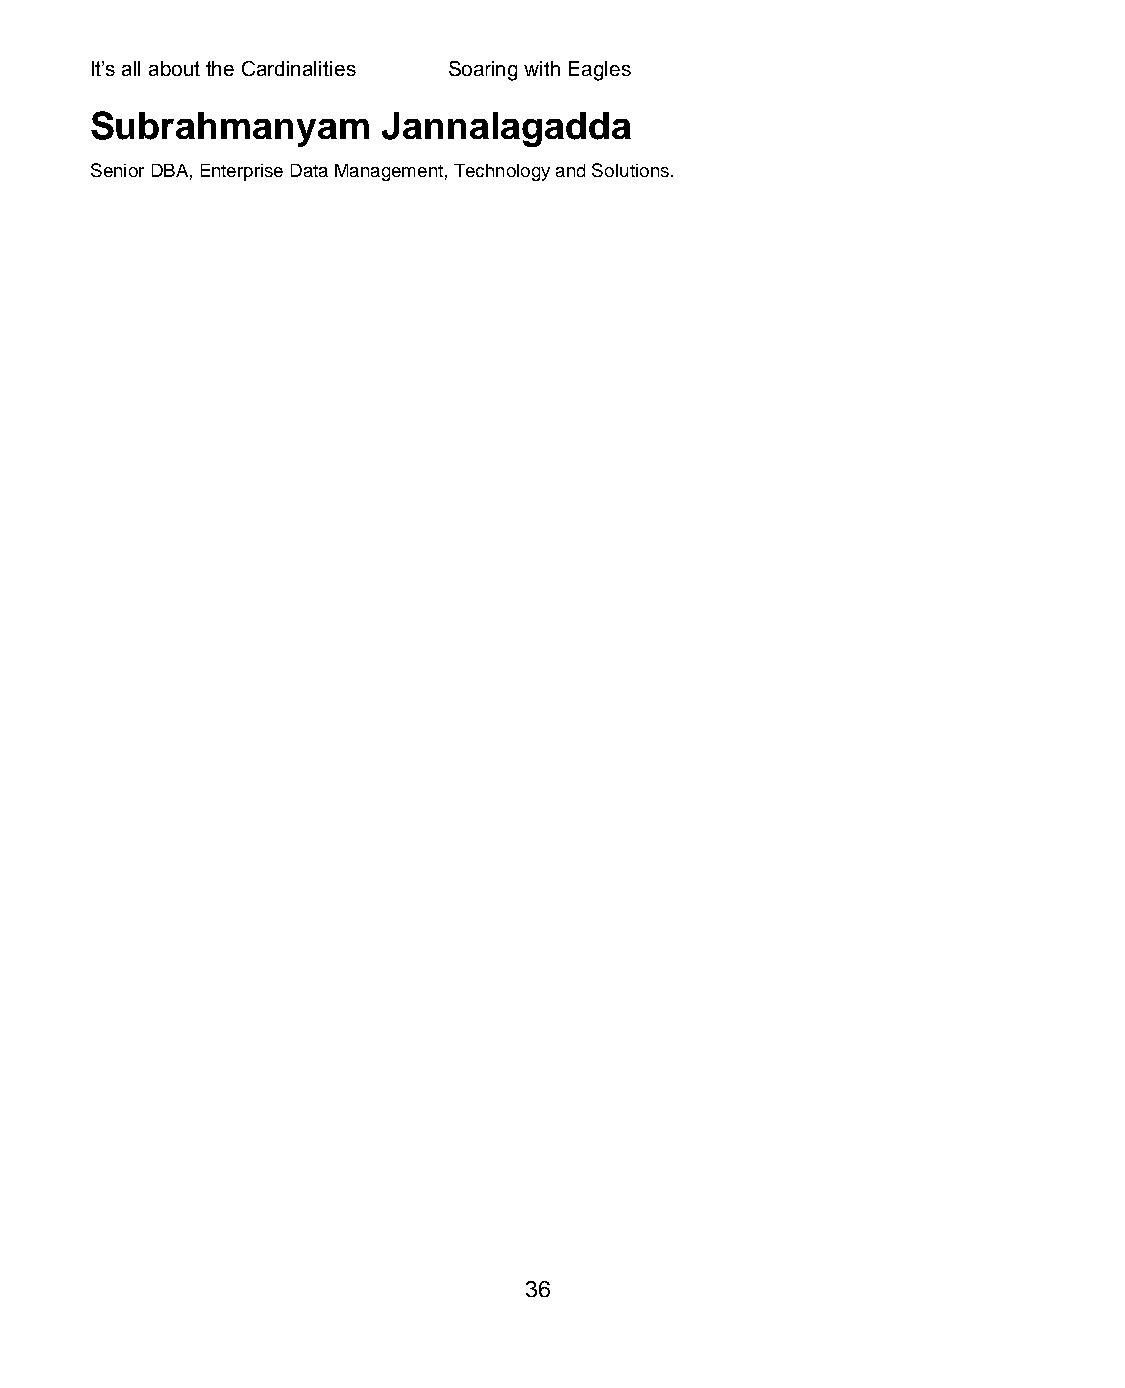
It’s all about the Cardinalities Soaring with Eagles
 Subrahmanyam       Jannalagadda
 Senior DBA, Enterprise Data Management, Technology and Solutions.
 36